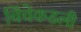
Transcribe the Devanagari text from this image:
चिंचेकडली